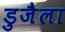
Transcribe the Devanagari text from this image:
डुजैला